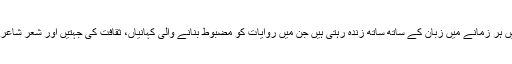
زبانی سفر میں چند چیزیں ہر زمانے میں زبان کے ساتھ ساتھ زندہ رہتی ہیں جن میں روایات کو مضبوط بنانے والی کہانیاں، ثقافت کی جہتیں اور شعر شاعری برائے رزم و شادمان۔